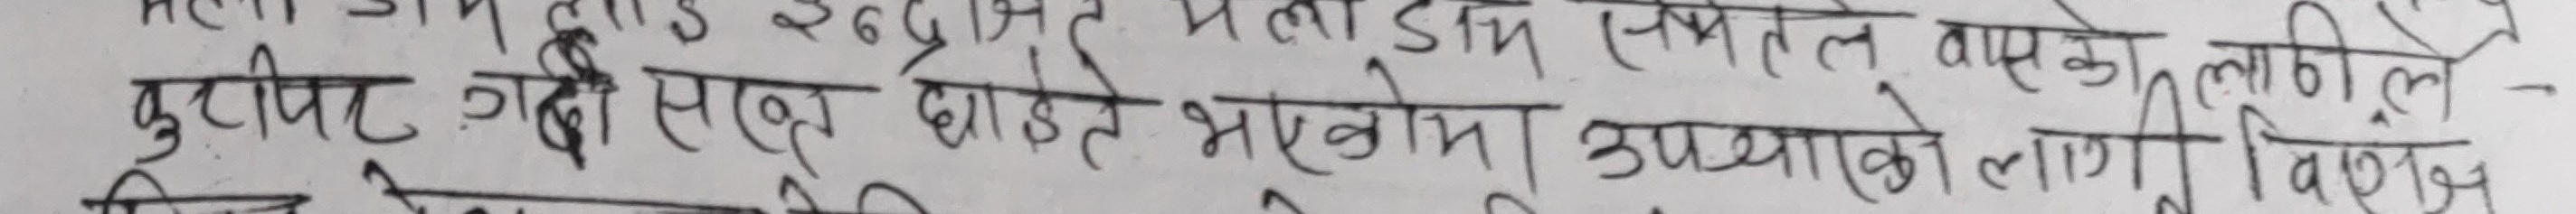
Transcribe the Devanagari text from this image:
कुपिट गर्दी सरूवा छाईले भएकोमा उपचाको लागि विशेष